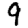
Digit: 9